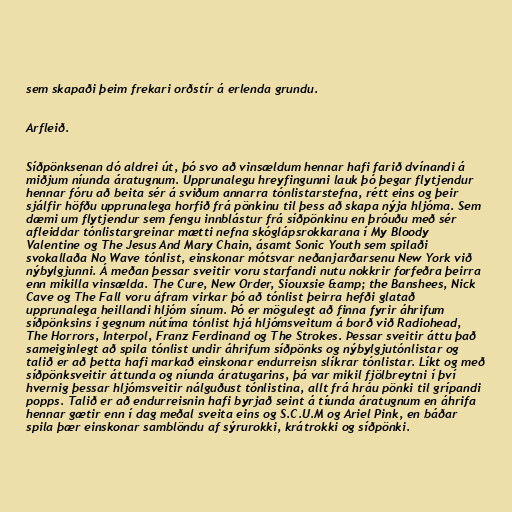
sem skapaði þeim frekari orðstír á erlenda grundu.

Arfleið.

Síðpönksenan dó aldrei út, þó svo að vinsældum hennar hafi farið dvínandi á
miðjum níunda áratugnum. Upprunalegu hreyfingunni lauk þó þegar flytjendur
hennar fóru að beita sér á sviðum annarra tónlistarstefna, rétt eins og þeir
sjálfir höfðu upprunalega horfið frá pönkinu til þess að skapa nýja hljóma. Sem
dæmi um flytjendur sem fengu innblástur frá síðpönkinu en þróuðu með sér
afleiddar tónlistargreinar mætti nefna skóglápsrokkarana í My Bloody
Valentine og The Jesus And Mary Chain, ásamt Sonic Youth sem spilaði
svokallaða No Wave tónlist, einskonar mótsvar neðanjarðarsenu New York við
nýbylgjunni. Á meðan þessar sveitir voru starfandi nutu nokkrir forfeðra þeirra
enn mikilla vinsælda. The Cure, New Order, Siouxsie &amp; the Banshees, Nick
Cave og The Fall voru áfram virkar þó að tónlist þeirra hefði glatað
upprunalega heillandi hljóm sínum. Þó er mögulegt að finna fyrir áhrifum
síðpönksins í gegnum nútíma tónlist hjá hljómsveitum á borð við Radiohead,
The Horrors, Interpol, Franz Ferdinand og The Strokes. Þessar sveitir áttu það
sameiginlegt að spila tónlist undir áhrifum síðpönks og nýbylgjutónlistar og
talið er að þetta hafi markað einskonar endurreisn slíkrar tónlistar. Líkt og með
síðpönksveitir áttunda og níunda áratugarins, þá var mikil fjölbreytni í því
hvernig þessar hljómsveitir nálguðust tónlistina, allt frá hráu pönki til grípandi
popps. Talið er að endurreisnin hafi byrjað seint á tíunda áratugnum en áhrifa
hennar gætir enn í dag meðal sveita eins og S.C.U.M og Ariel Pink, en báðar
spila þær einskonar samblöndu af sýrurokki, krátrokki og síðpönki.